Bréfritari: Sigríður Pálsdóttir
Viðtakandi: Páll Pálsson
Dagsetning: A-1855-05-11
Skrifað á: Hraungerði  Árn.
Páll var bróðir Sigríðar

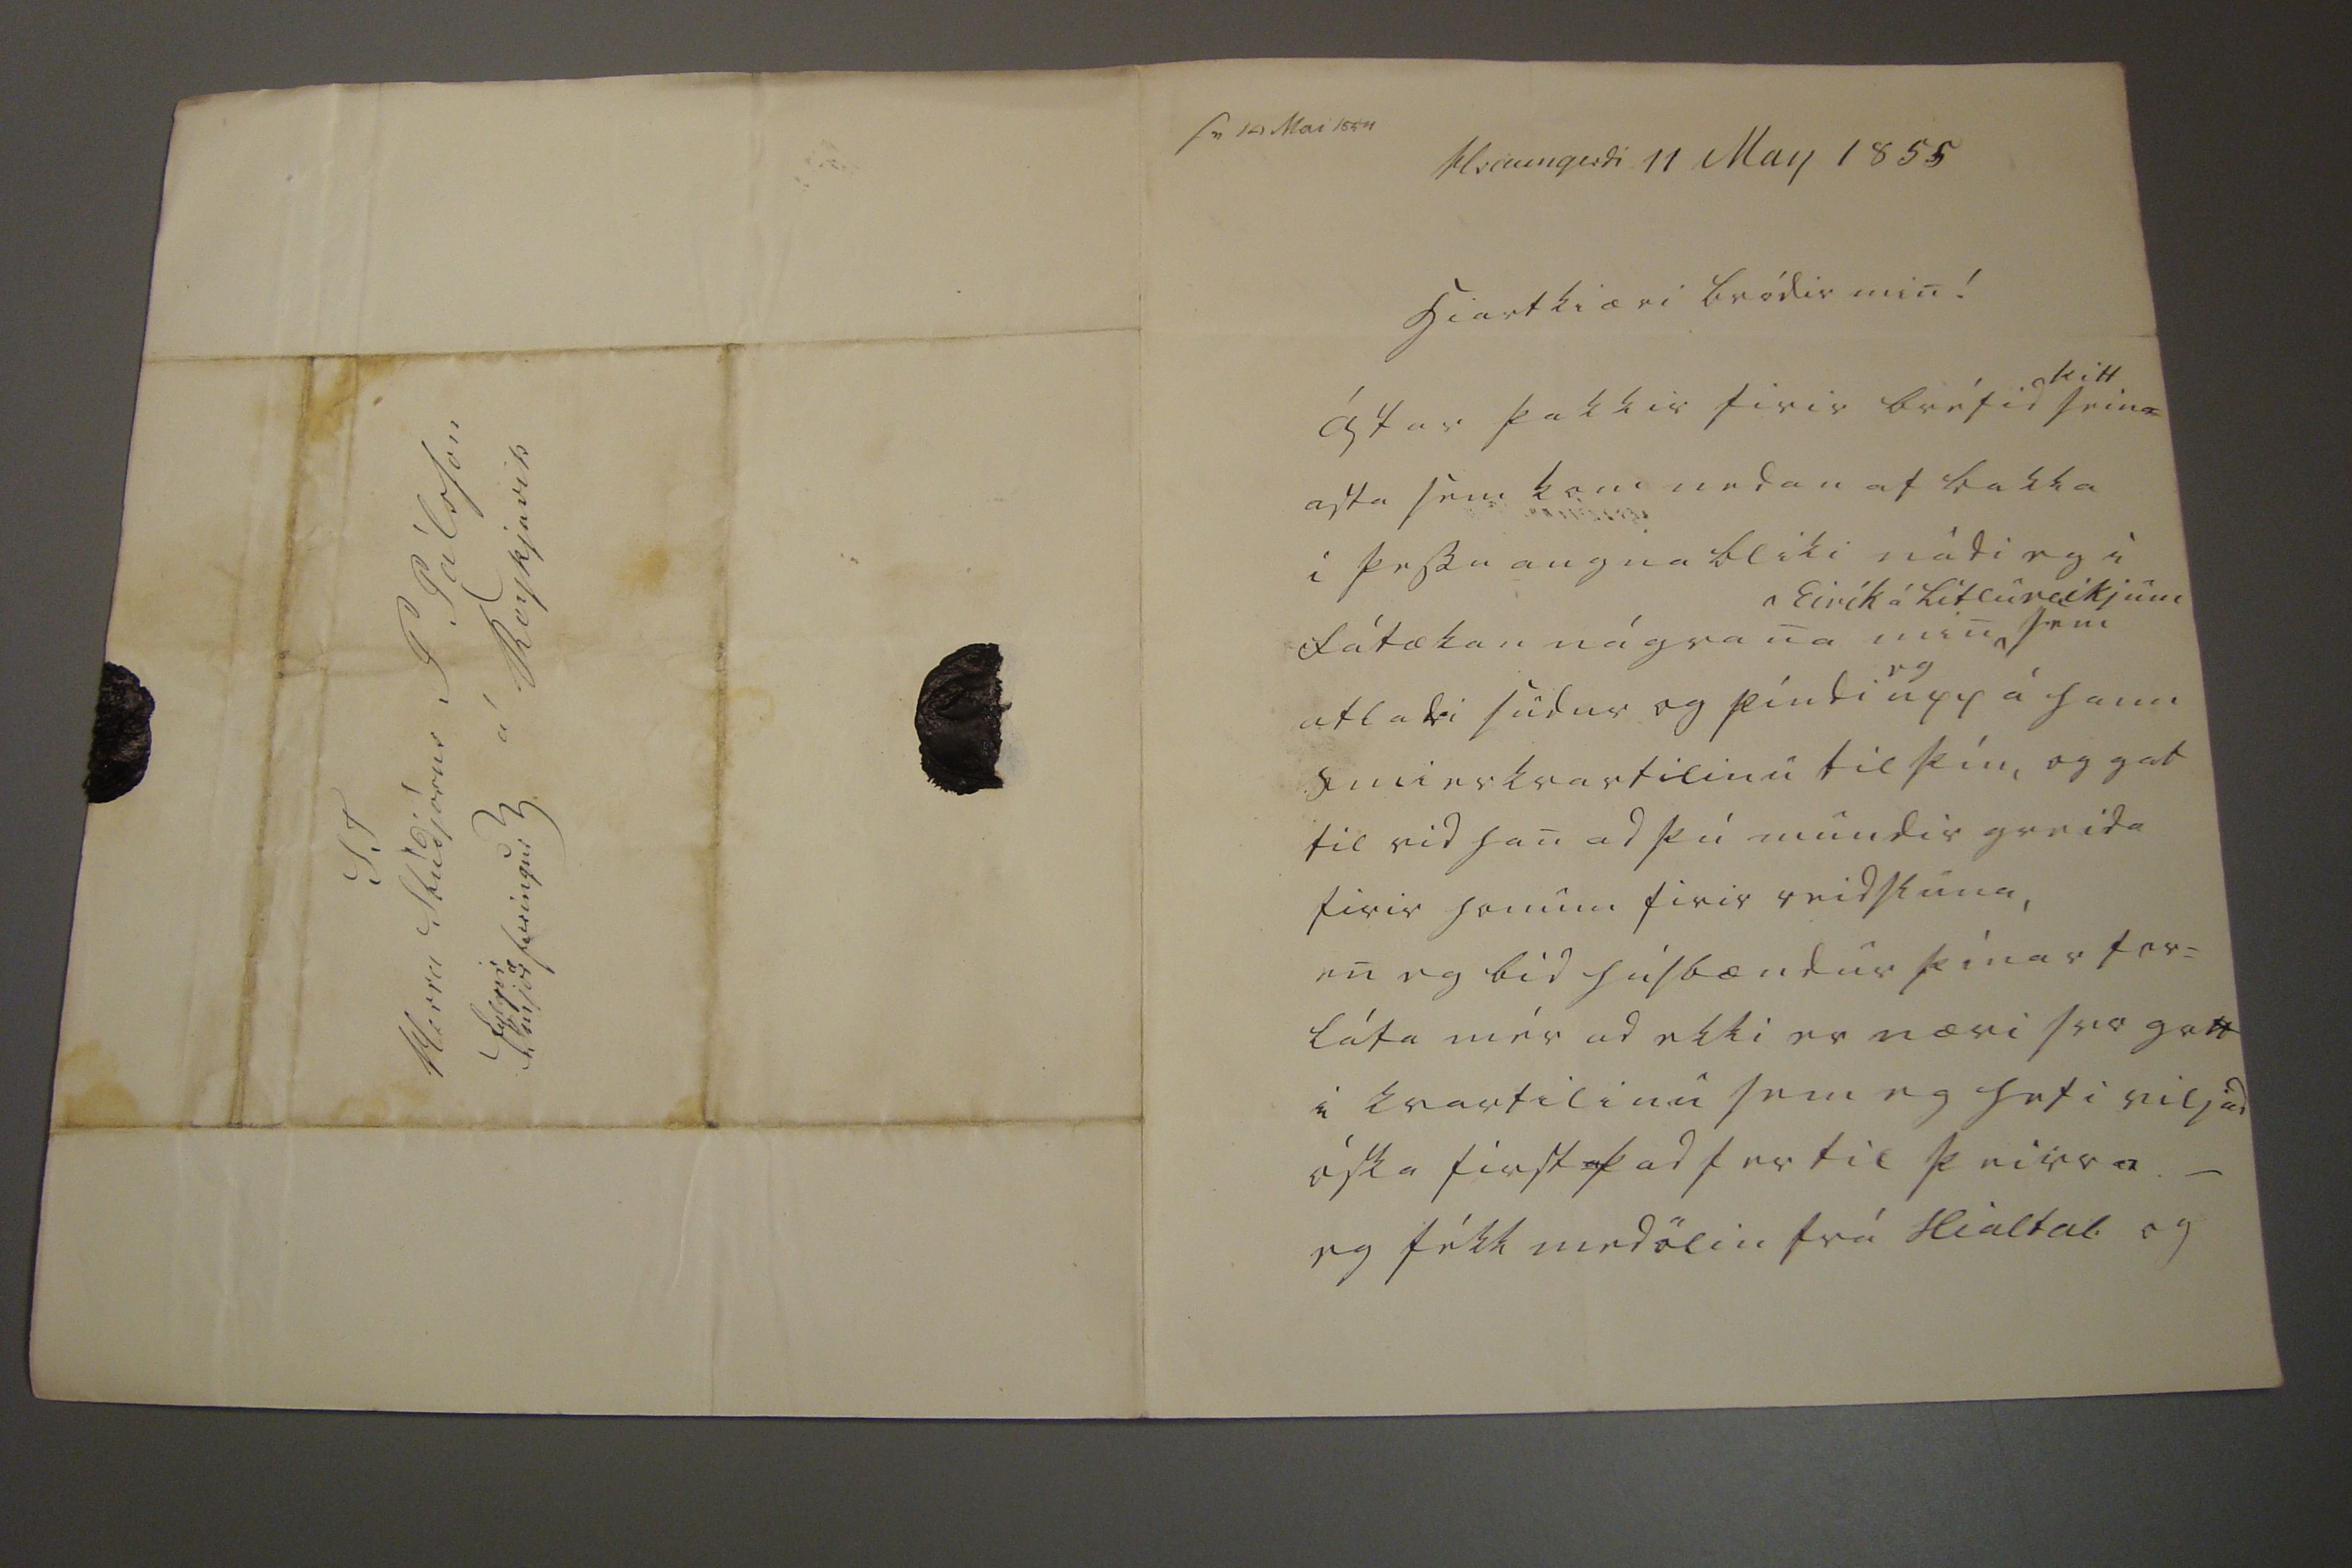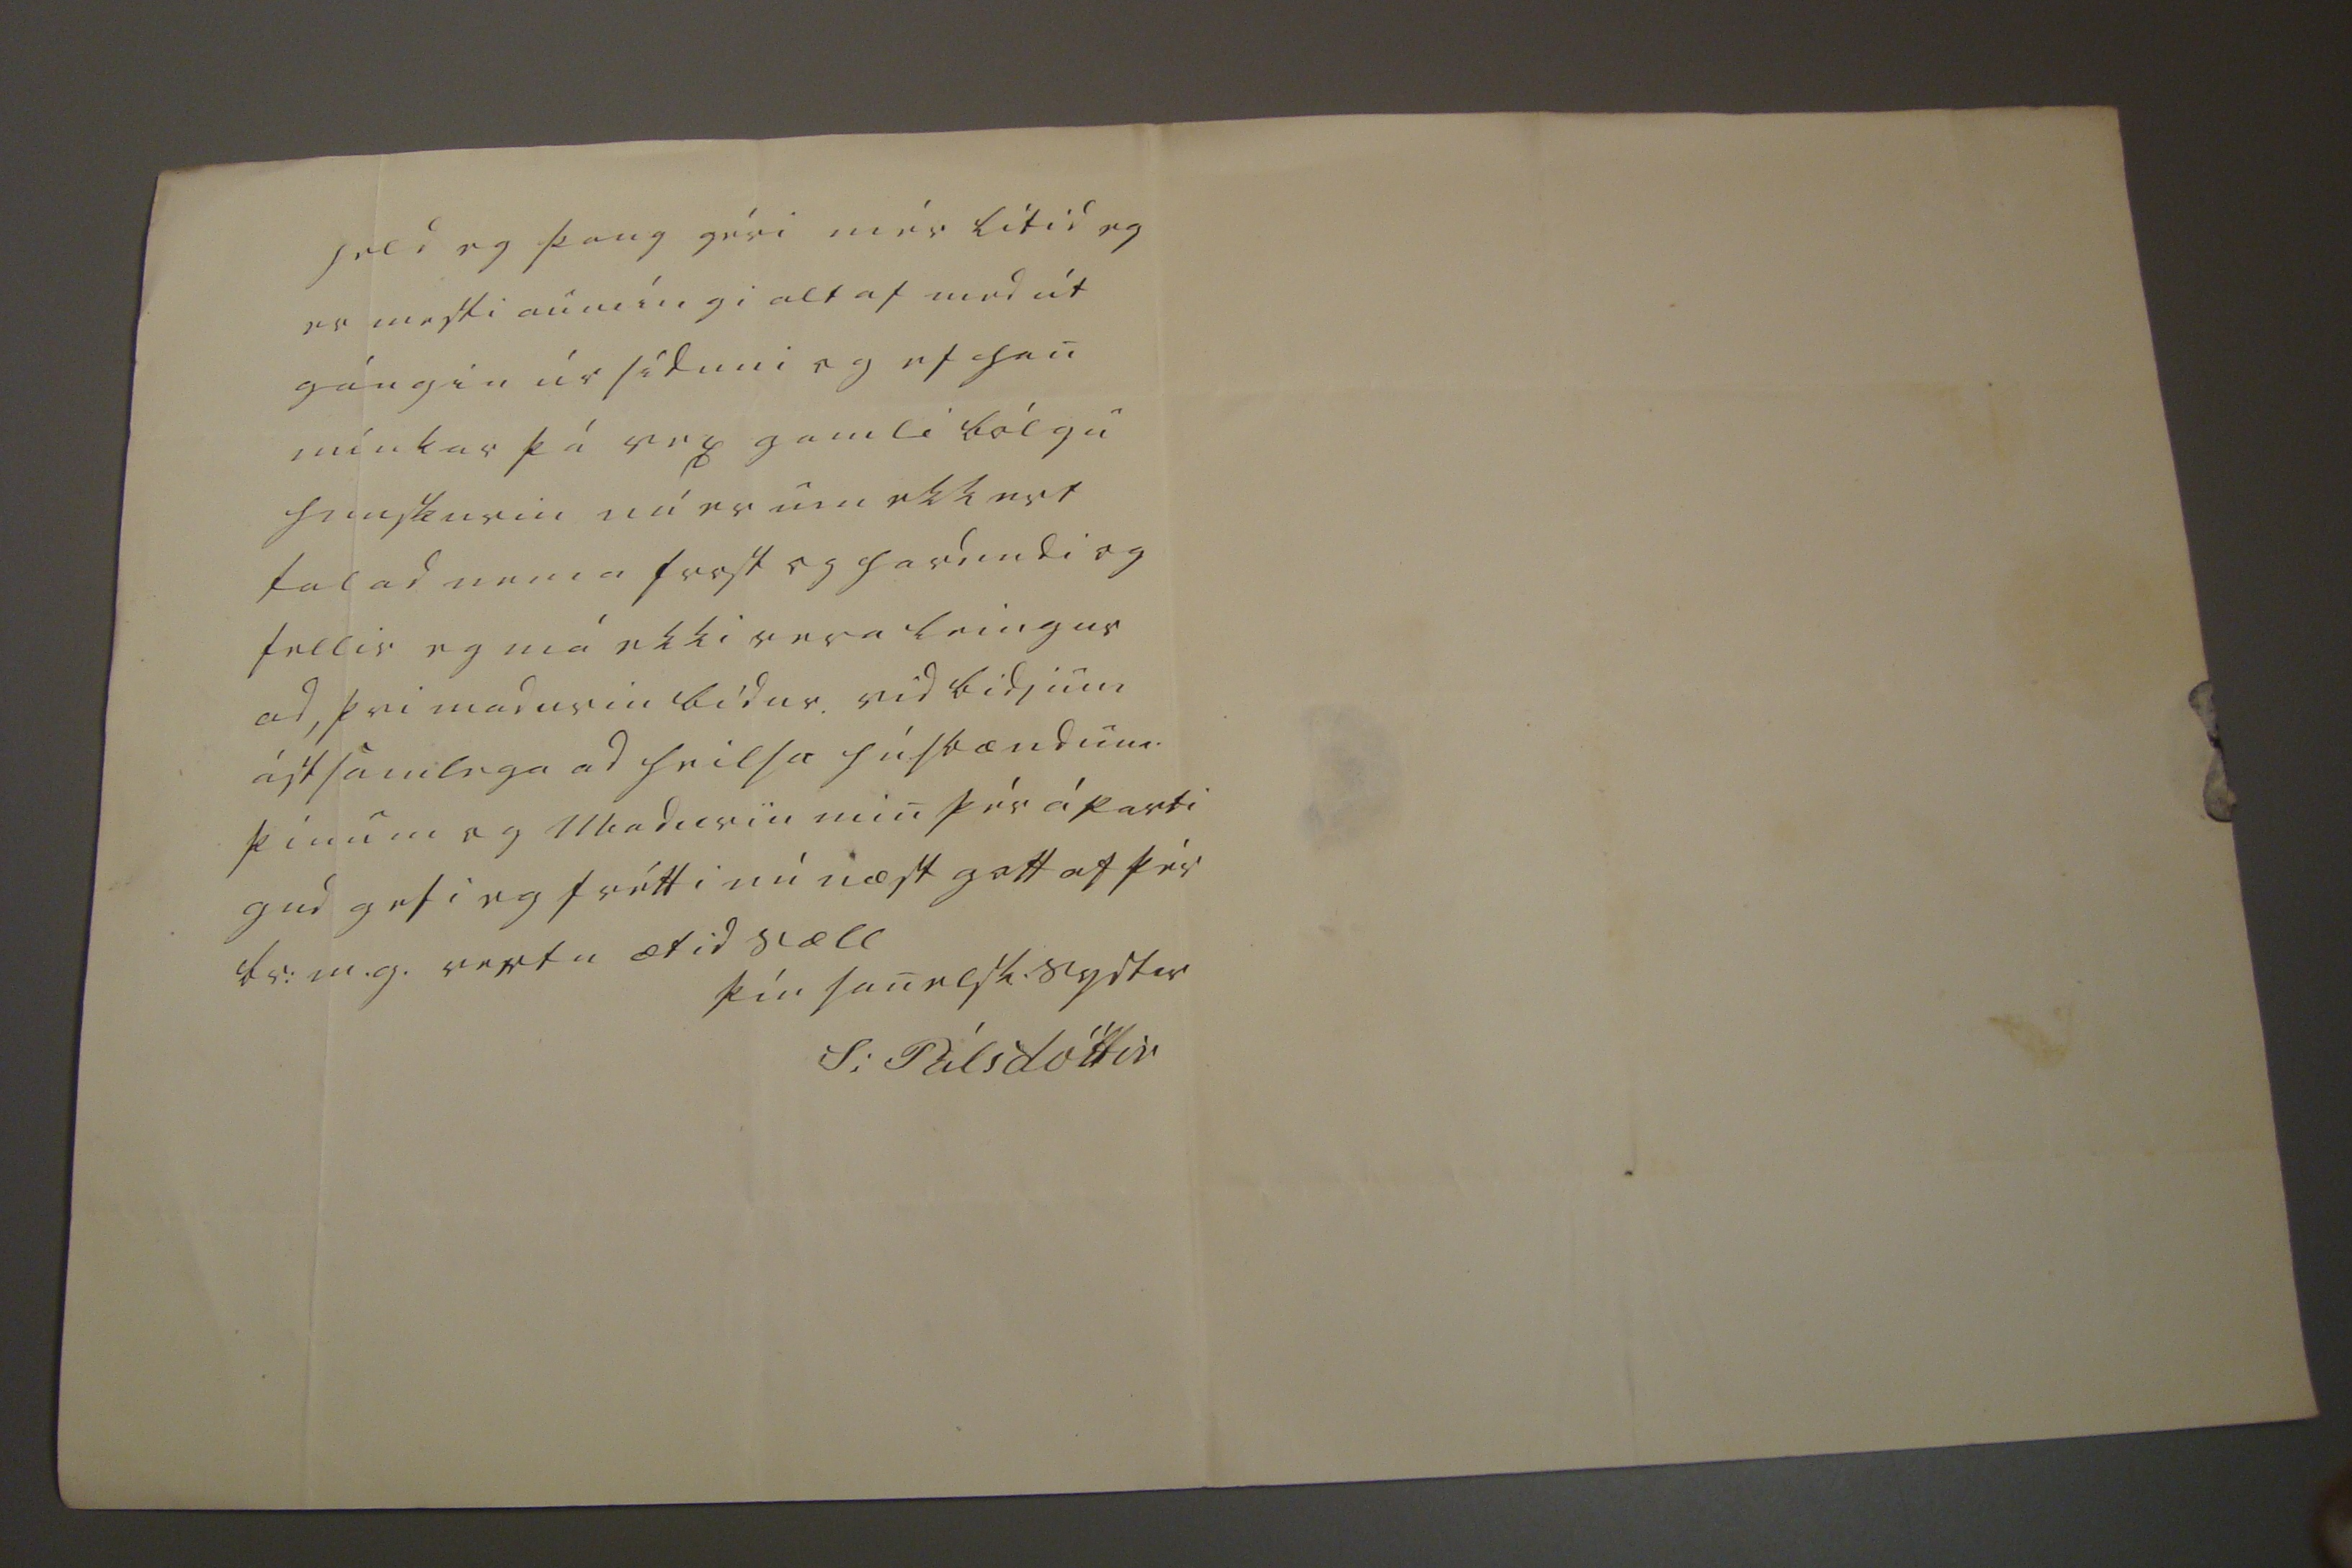

sv 19 mai 1855
Hraungerdi 11 May 1855
hiartkiæri bródir min!
ástar þakkir firir bréfid
þitt
sein= asta sem kom nedan af bakka i þessu augnabliki nádi eg i fátækan nágrana min
Eirík á Litlureikjum
sem atladi sudur og píndi
eg
upp á hann smierkvartilinu til þín, og gat til vid han ad þú mundir greida firir honum firir reidsluna, en eg bid húsbændur þínar for= láta mér ad ekki er nærri svo gott i kvartilinu sem eg hafi viljad óska first þad fer til þeirra._ eg fékk medölin frá Hialtal. og
held eg þaug géri mér lítid og er mesti aumíngi altaf med út gángin úr síduni og ef han mínkar þá vex gamli bólgu hunskurin nú er um ekkert talad nema frost og hardindi og fellir eg má ekki vera leingur ad, þvi madurin bídur. vid bidjum ástsamlega ad heilsa húsbændum þínum og Madurin min þér á parti gud gefi eg frétti nú næst gott af þér br: m.g. vertu ætid sæll
þín sanelsk. systir
S: Pálsdóttir
S T Herra Stúdjósus P Pálsson á Reykjavík fylgir smjer
a
00eingur